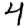
Digit: 4